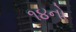
૧૪નો